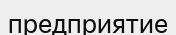
предприятие